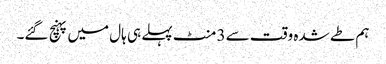
ہم طے شدہ وقت سے 3 منٹ پہلے ہی ہال میں پہنچ گئے۔